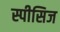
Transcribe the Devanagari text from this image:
स्पीसिज